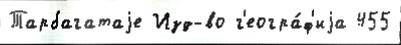
Тарбагатаjе Изд-во г'еогра́ф'иjа 455